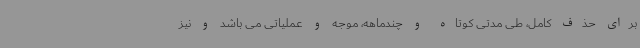
برای حذف کامل، طی مدتی کوتاه و چندماهه، موجه و عملیاتی می باشد و نیز